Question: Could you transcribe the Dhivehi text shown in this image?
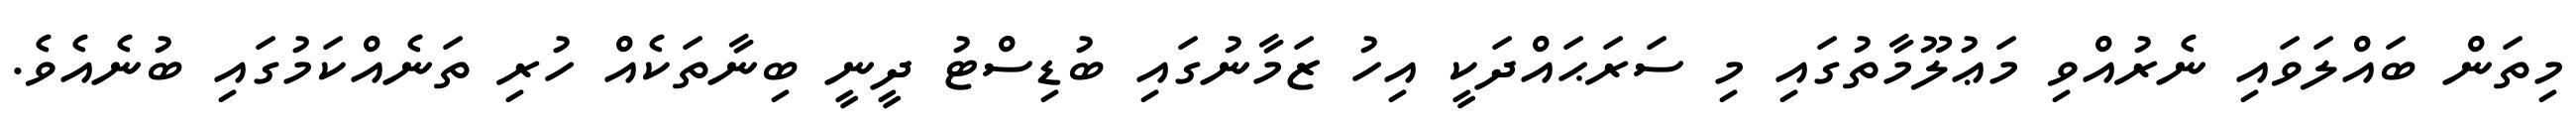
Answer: މިތަން ބައްލަވައި ނެރުއްވި މަޢުލޫމާތުގައި މި ސަރަޙައްދަކީ އިހު ޒަމާނުގައި ބުޑިސްޓު ދީނީ ބިނާތަކެއް ހުރި ތަނެއްކަމުގައި ބުނެއެވެ.